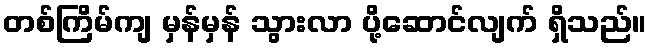
တစ်ကြိမ်ကျ မှန်မှန် သွားလာ ပို့ဆောင်လျက် ရှိသည်။